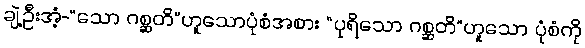
ချဲ့ဦးအံ့-“သော ဂစ္ဆတိ”ဟူသောပုံစံအစား “ပုရိသော ဂစ္ဆတိ”ဟူသော ပုံစံကို